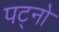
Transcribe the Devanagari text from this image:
पट्नो